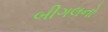
બીગલનો